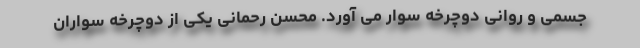
جسمی و روانی دوچرخه سوار می آورد. محسن رحمانی یکی از دوچرخه سواران